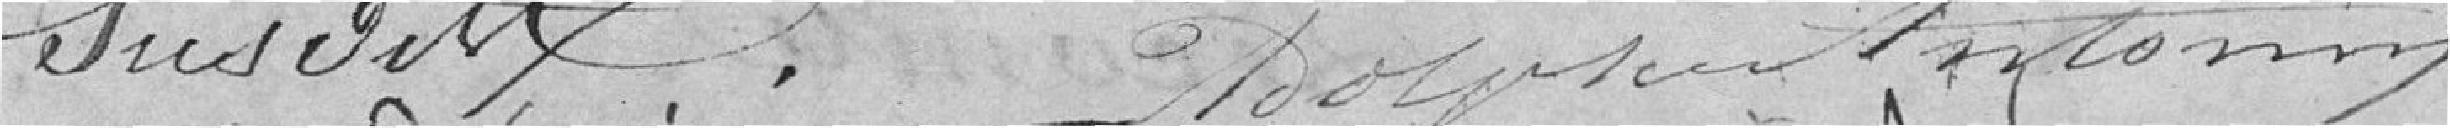
susvisé.